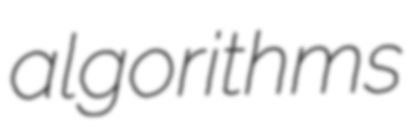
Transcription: algorithms